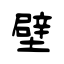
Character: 壁